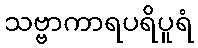
သဗ္ဗာကာရပရိပူရံ